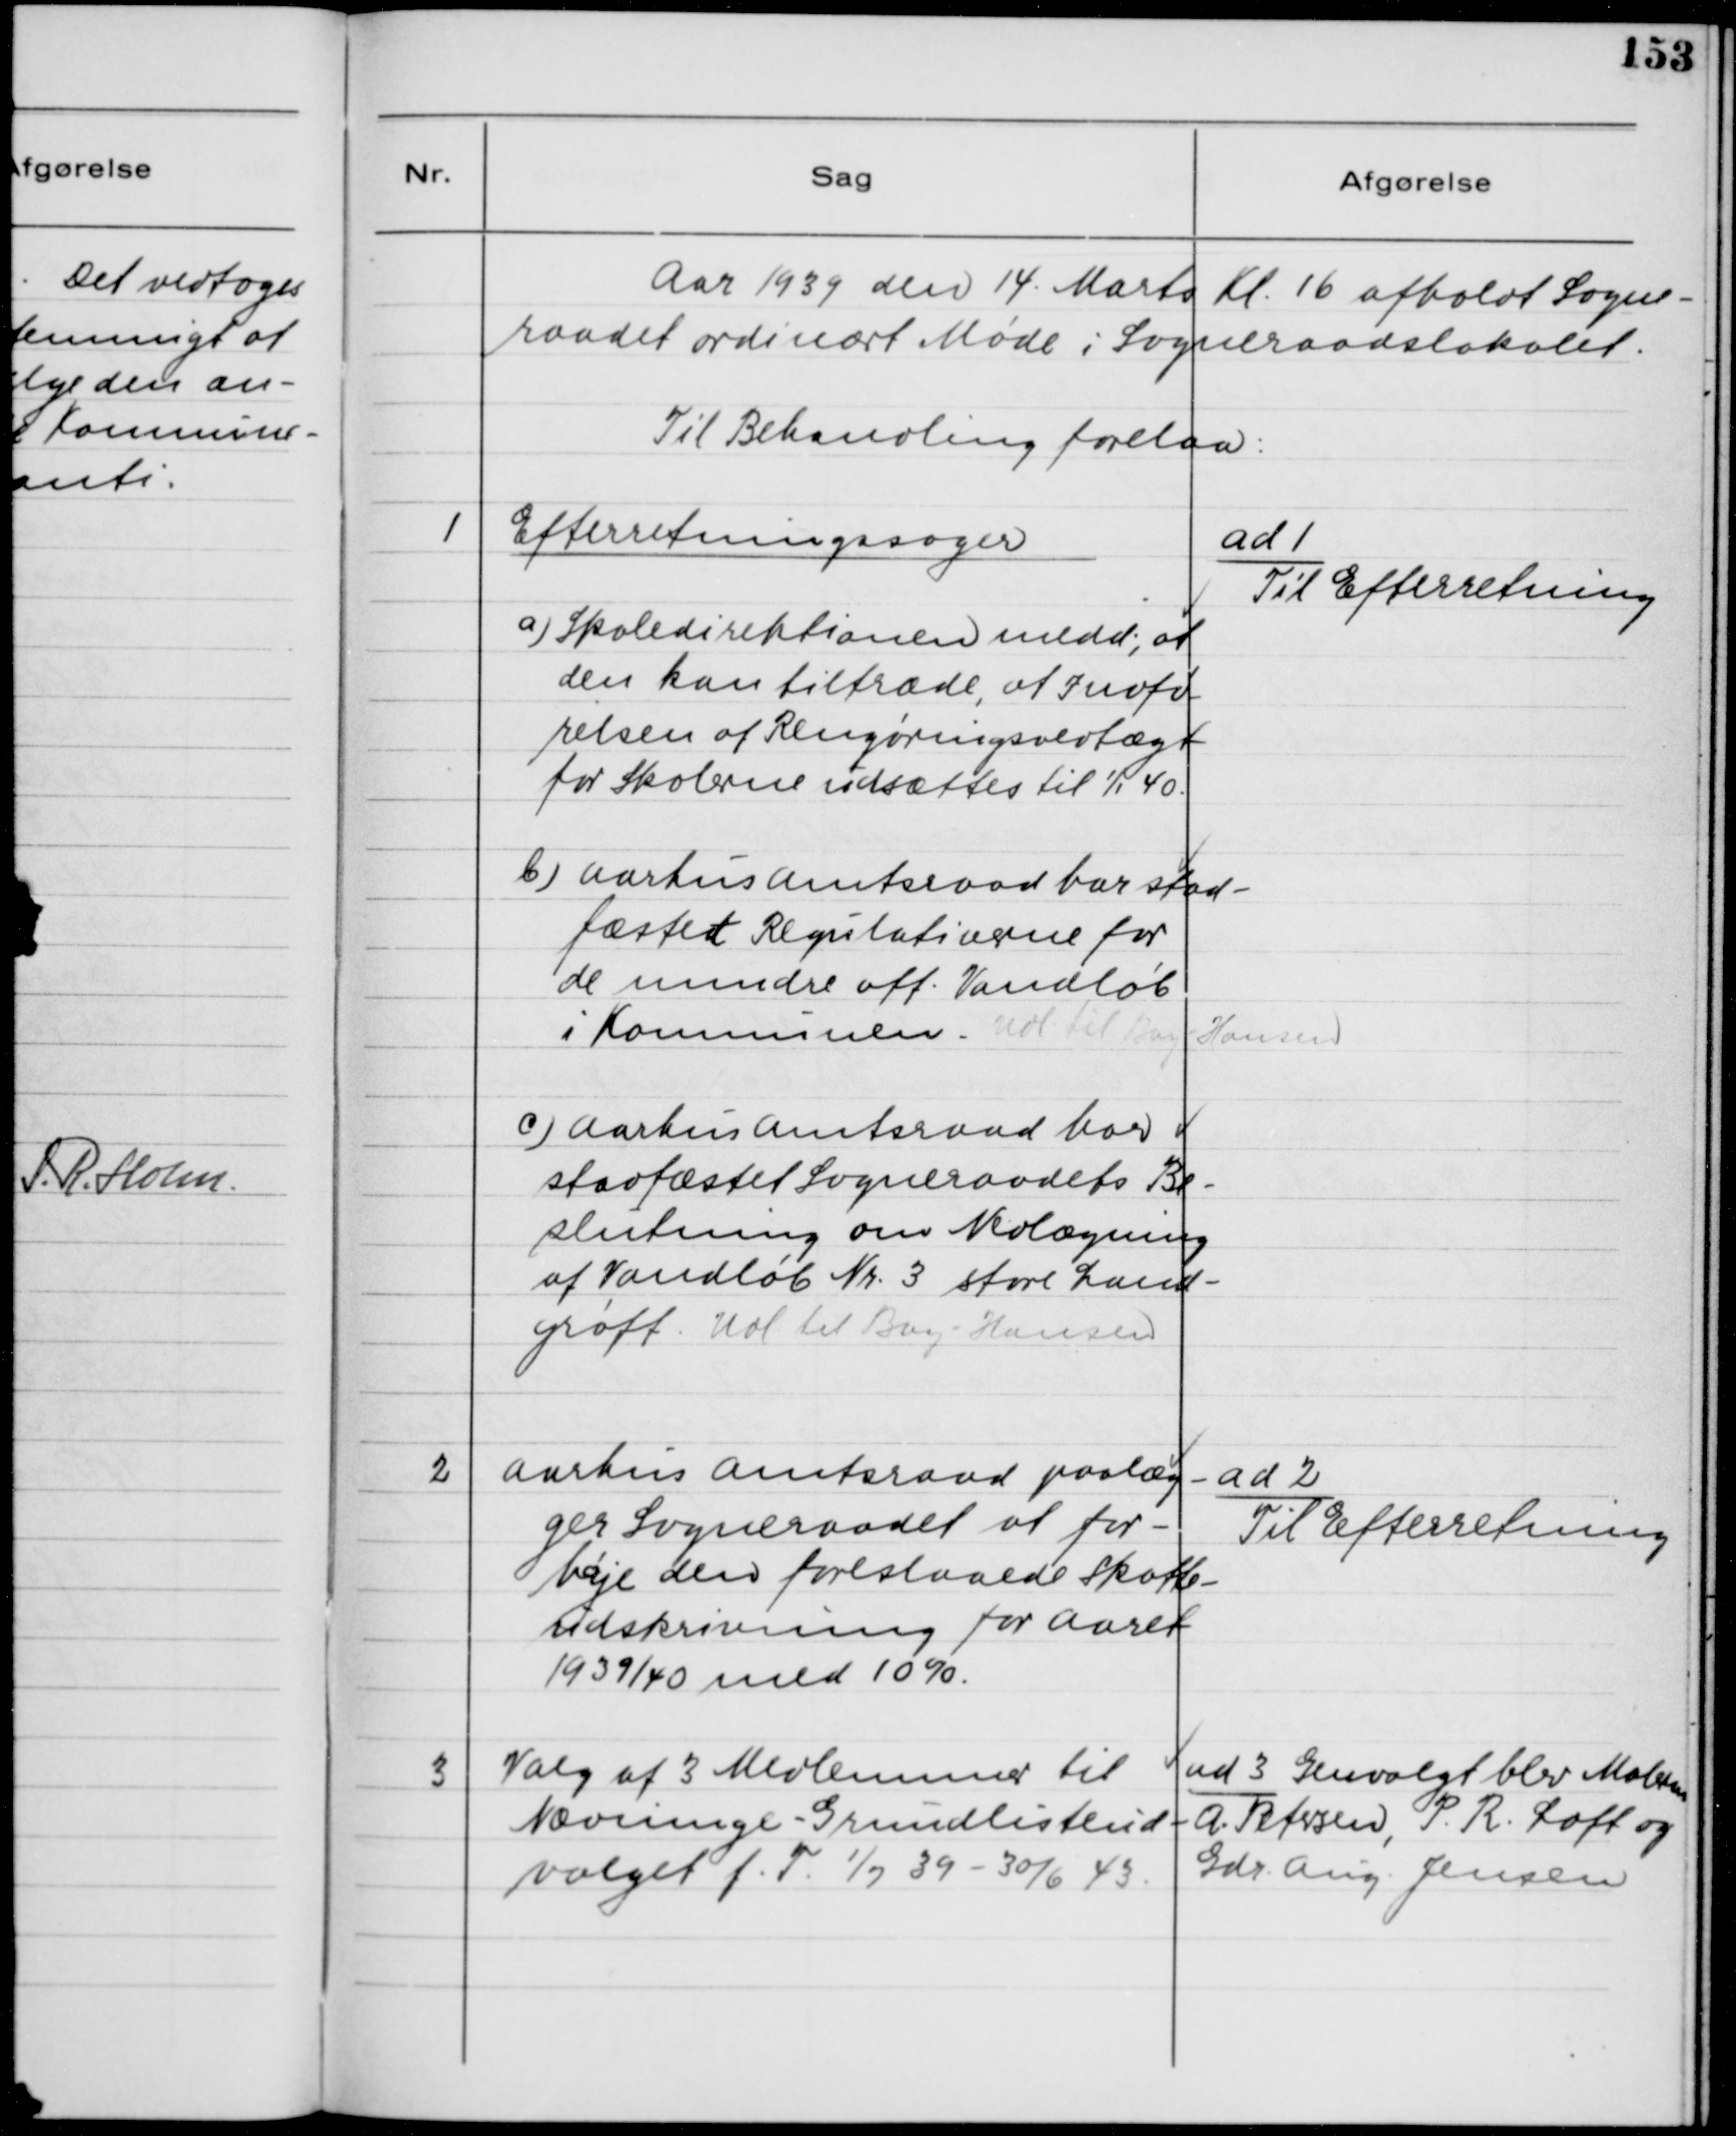
Transskription:
Aar 1939 den 14. Marts Kl. 16 afholdt Sogne-
raadet ordinært Møde i Sogneraadslokalet.
Til Behandling forelaa:

1. Efterretningssager
a) Skoledirektionen medd., at
den kan tiltræde, at Indfø-
relsen af Rengøringsvedtægt
for Skolerne udsættes til 1/1 40.
b) Aarhus Amtsraad har stad-
fæstet Regulativerne for
de mindre off. Vandløb
i Kommunen. Udl. til Bay-Hansen.
c) Aarhus Amtsraad har
stadfæstet Sogneraadets Be-
slutning om Nedlægning
af Vandløb Nr. 3 store Land-
grøft. Udl. til Bay-Hansen.

ad 1.
Til Efterretning

2. Aarhus Amtsraad paalæg-
ger Sogneraadet at for-
høje den foreslaaede Skatte-
udskrivning for Aaret
1939/40 med 10 %.

ad 2.
Til Efterretning

3. Valg af 3 Medlemmer til
Nævninge - Grundlisteud-
valget f.T. 1/7 39 - 30/6 43.

ad 3. Genvalgt blev Malerm.
A. Petersen, P. R. Loft og
Gdr. Aug. Jensen